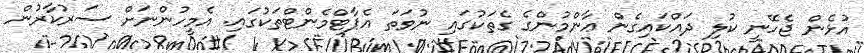
އުޅެން ޖެހޭނީ ކުލި ދައްކައިގެން ޢާންމުންގެ ގެތަކުގައި ނުވަތަ އެޕާޓްމެންޓްތަކުގައި. އެމީހުންނަށް ސަރުކާރުން